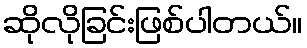
ဆိုလိုခြင်းဖြစ်ပါတယ်။